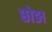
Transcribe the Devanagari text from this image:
छोङा